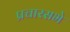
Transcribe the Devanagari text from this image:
प्रचारसभे